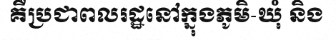
គឺប្រជាពលរដ្ឋនៅក្នុងភូមិ-ឃុំ និង